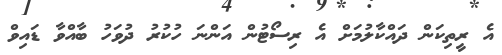
އެ ރީތިކަން ދައްކާލުމަށް އެ ރިސޯޓުން އަންނަ ހުކުރު ދުވަހު ބާއްވާ ޑައިވް